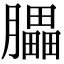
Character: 𦢏